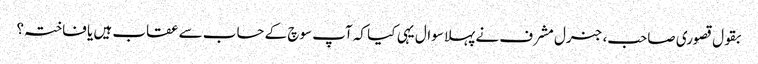
بقول قصوری صاحب، جنرل مشرف نے پہلا سوال یہی کیا کہ آپ سوچ کے حساب سے عقاب ہیں یا فاختہ؟